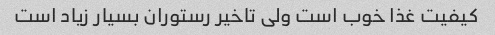
کیفیت غذا خوب است ولی تاخیر رستوران بسیار زیاد است